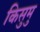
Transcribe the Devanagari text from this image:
किसुमु